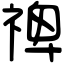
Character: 禆